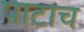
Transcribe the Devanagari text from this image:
पाटाच